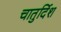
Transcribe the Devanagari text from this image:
चातुर्दिश